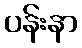
ပန်းနာ